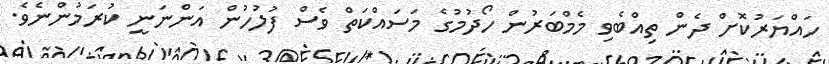
ހައްޔަރުކޮށް ދެން ތިއްބެވި މެމްބަރުން ހޯދުމުގެ މަސައްކަތް ވެސް ފުލުހުން އަންނަނީ ކުރަމުންނެވެ.